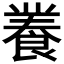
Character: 𮨽